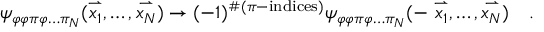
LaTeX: \psi _ { \varphi \varphi \pi \varphi \ldots \pi _ { N } } ( \stackrel { \rightharpoonup } { x _ { 1 } } , \ldots , \stackrel { \rightharpoonup } { x _ { N } } ) \rightarrow ( - 1 ) ^ { \# ( \pi - \mathrm { i n d i c e s } ) } \psi _ { \varphi \varphi \pi \varphi \ldots \pi _ { N } } ( - \stackrel { \rightharpoonup } { x _ { 1 } } , \ldots , \stackrel { \rightharpoonup } { x _ { N } } ) \ \ \ .